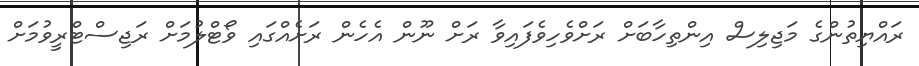
ރައްޔިތުންގެ މަޖިލިސް އިންތިހާބަށް ރަށްވެހިވެފައިވާ ރަށް ނޫން އެހެން ރަށެއްގައި ވޯޓްލުމަށް ރަޖިސްޓްރީވުމަށް